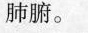
肺腑。